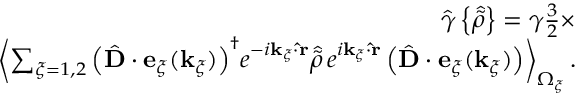
\begin{array} { r l r } & { } & { { \hat { \gamma } } \left\{ { \hat { \tilde { \rho } } } \right\} = \gamma \frac { 3 } { 2 } \times } \\ & { } & { \left< \sum _ { \xi = 1 , 2 } { \left( { \hat { \bf D } } \cdot { \bf e } _ { \xi } ( { \bf k } _ { \xi } ) \right) ^ { \dagger } } e ^ { - i { \bf k } _ { \xi } \cdot { \bf { \hat { r } } } } { \hat { \tilde { \rho } } } \, e ^ { i { \bf k } _ { \xi } \cdot { \bf { \hat { r } } } } \left( { \hat { \bf D } } \cdot { \bf e } _ { \xi } ( { \bf k } _ { \xi } ) \right) \right> _ { \Omega _ { \xi } } . } \end{array}